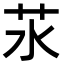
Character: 𦬭